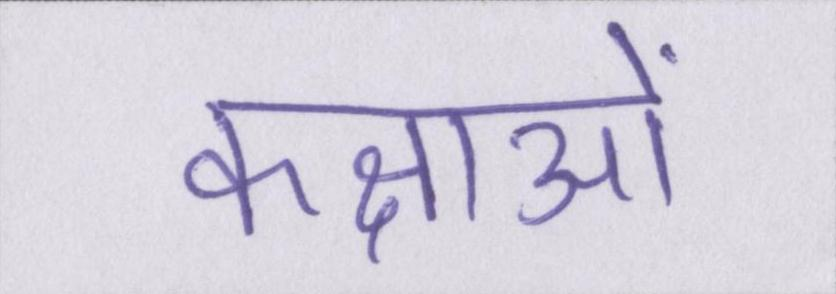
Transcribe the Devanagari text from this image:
कक्षाओं